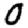
Digit: 0